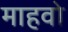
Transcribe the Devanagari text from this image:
माहवो